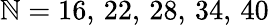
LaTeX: \mathbb{N}=16,\, 22,\, 28,\, 34,\, 40